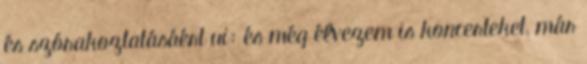
és szórakoztatásáért ui: és még élvezem is koncerteket, már